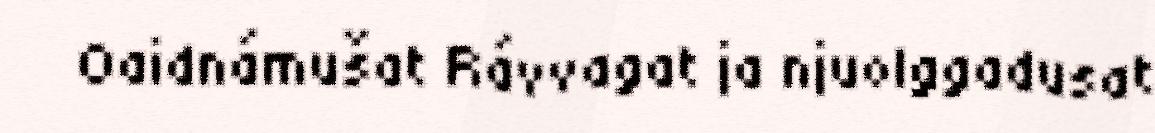
Oaidnámušat Rávvagat ja njuolggadusat